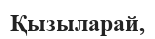
Қызыларай,